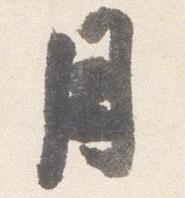
月